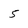
Character: 5